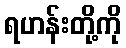
ရဟန်းတို့ကို